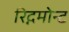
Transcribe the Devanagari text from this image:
रिद्गमोन्ट